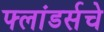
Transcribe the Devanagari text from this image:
फ्लांडर्सचे